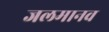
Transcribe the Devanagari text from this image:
जलमानव